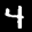
Label: 4